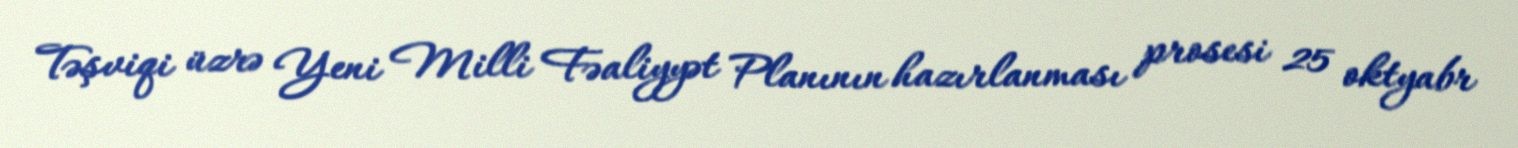
Təşviqi üzrə Yeni Milli Fəaliyyət Planının hazırlanması prosesi 25 oktyabr